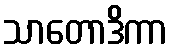
သာတောဒိကာ